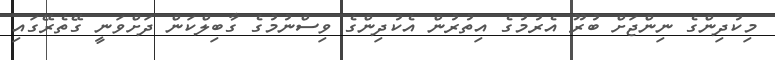
މިކުދިންގެ ނިންޖަށް ބުރޫ އެރުމުގެ އިތުރުން އެކުދިންގެ ވިސްނުމުގެ ގާބިލްކަން ދަށްވަނީ ގޭތެރޭގައި